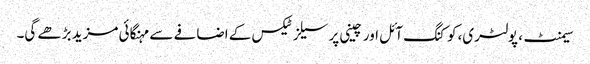
سیمنٹ، پولٹری،کوکنگ آئل اور چینی پر سیلز ٹیکس کے اضافے سے مہنگائی مزید بڑھے گی۔